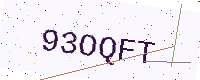
Text: 93OQFT